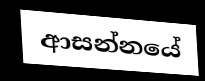
ආසන්නයේ